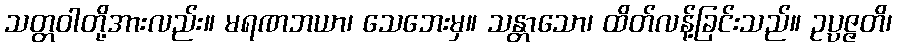
သတ္တဝါတို့အားလည်း။ မရဏဘယာ၊ သေဘေးမှ။ သန္တာသော၊ ထိတ်လန့်ခြင်းသည်။ ဥပ္ပဇ္ဇတိ၊